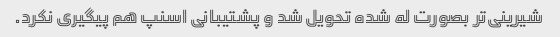
شیرینی‌تر بصورت له شده تحویل شد و پشتیبانی اسنپ هم پیگیری نکرد.